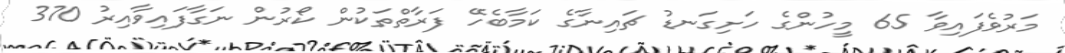
މަރުވެފައިވާ 65 މީހުންގެ ހަށިގަނޑު ޗައިނާގެ ކަމާބެހޭ ފަރާތްތަކުން ކޯރުން ނަގާފައިވާއިރު 370